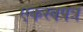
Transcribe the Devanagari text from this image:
एकस्वपत्र